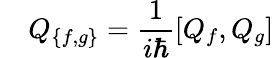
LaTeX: \quad Q_{\{ f,g\} }={\frac{1}{i\hbar}}[Q_{f},Q_{g}]